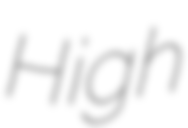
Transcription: High